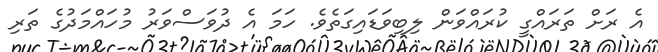
އެ ރަށް ތަރައްގީ ކުރައްވަން ލިބިވަޑައިގަތެވެ. ހަމަ އެ ދުވަސްވަރު މުހައްމަދުގެ ތަރި